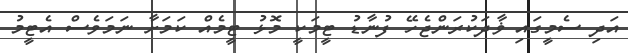
އަދި ސެމީގައި ޥާދަކުރަންޖެހޭ ފުނާޑު ޓީމަކީ މޮޅު ޓީމެއް ކަމަށާ ނަމަވެސް އެޓީމު